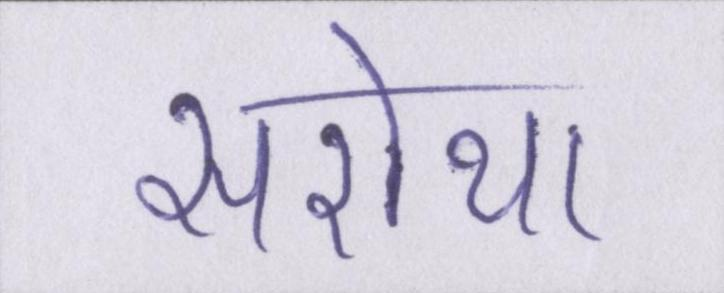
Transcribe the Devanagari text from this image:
सरोथा